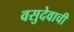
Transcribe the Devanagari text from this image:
वसुदेवाची